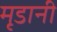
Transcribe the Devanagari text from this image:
मृडानी